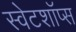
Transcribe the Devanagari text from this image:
स्वेटशॉप्स